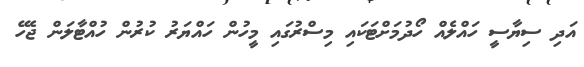
އަދި ސިޔާސީ ހައްލެއް ހޯދުމަށްޓަކައި މިސްރުގައި މީހުން ހައްޔަރު ކުރުން ހުއްޓާލަން ޖެހޭ